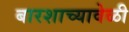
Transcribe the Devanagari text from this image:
बारशाच्यावेळी